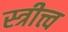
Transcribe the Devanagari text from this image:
स्त्रीत्त्व